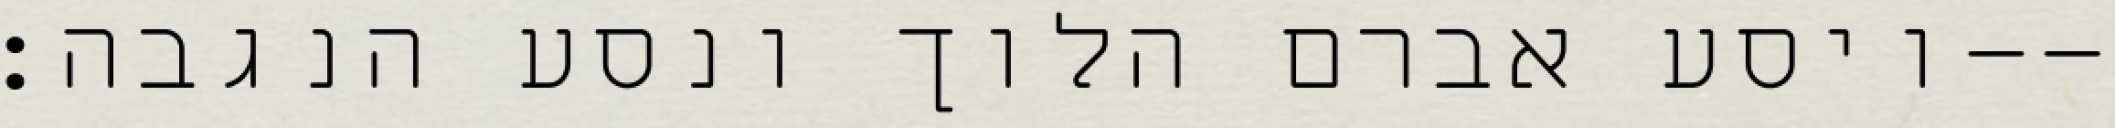
ויסע אברם הלוך ונסע הנגבה׃--